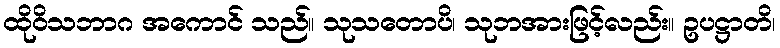
ထိုဝိသဘာဂ အကောင် သည်။ သုသတောပိ၊ သုဘအားဖြင့်လည်း။ ဥပဋ္ဌာတိ၊